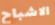
الاشباح